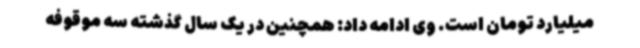
میلیارد تومان است. وی ادامه داد: همچنین در یک سال گذشته سه موقوفه